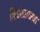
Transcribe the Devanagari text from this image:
किशोराव्स्था